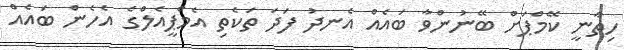
ހިތާނީ ކޭމްޕަށް ބޭނުންވާ ބައެއް އެނދު ފަދަ ތަކެތި އެމްޕީއެލްގެ އެހެން ބައެއް